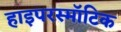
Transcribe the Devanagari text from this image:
हाइपरस्मॉटिक